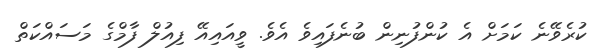
ކުރެވޭނެ ކަމަށް އެ ކުންފުނިން ބުނެފައިވެ އެވެ. ވީއައިއޭ ފިއުލް ފާމްގެ މަސައްކަތް